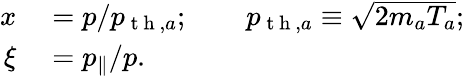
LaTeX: \begin{array}{rl}{x}&{{}=p/p_{\mathrm{~t~h~},a};\qquad p_{\mathrm{~t~h~},a}\equiv\sqrt{2m_{a}T_{a}};}\\ {\xi}&{{}=p_{\parallel}/p.}\end{array}